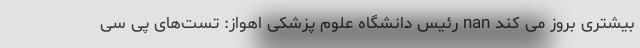
بیشتری بروز می کند nan رئیس دانشگاه علوم پزشکی اهواز: تست‌های پی سی